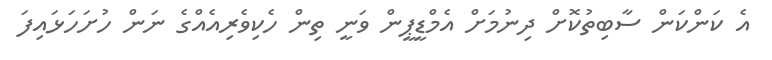
އެ ކަންކަން ސާބިތުކޮށް ދިނުމަށް އެމްޑީޕީން ވަނީ ތިން ހެކިވެރިއެއްގެ ނަން ހުށަހަޅައިފަ